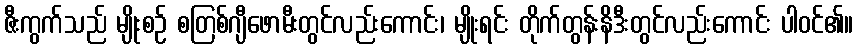
ဇီးကွက်သည် မျိုးစဉ် စတြစ်ဂျီဖောမီးတွင်လည်းကောင်း၊ မျိုးရင်း တိုက်တွန်းနိဒီးတွင်လည်းကောင်း ပါဝင်၏။